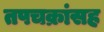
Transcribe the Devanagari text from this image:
तपचक्रांसह